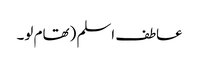
عاطف اسلم (تھام لو۔